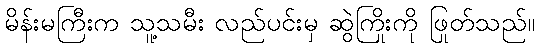
မိန်းမကြီးက သူ့သမီး လည်ပင်းမှ ဆွဲကြိုးကို ဖြုတ်သည်။